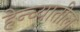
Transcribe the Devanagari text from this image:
हेन्च्यातील